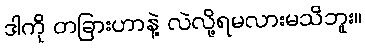
ဒါကို တခြားဟာနဲ့ လဲလို့ရမလားမသိဘူး။